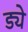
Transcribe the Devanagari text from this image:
ड्ये